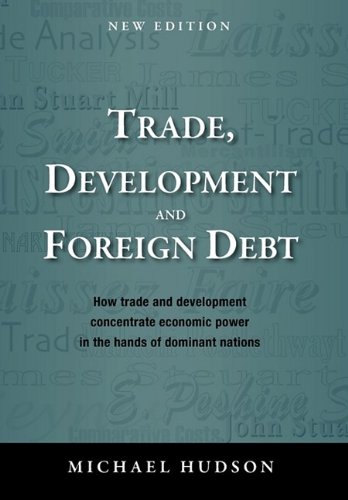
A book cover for Trade, Development and Foreign Debt; Michael Hudson; Business & Money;